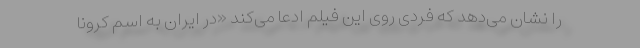
را نشان می‌دهد که فردی روی این فیلم ادعا می‌کند «در ایران به اسم کرونا